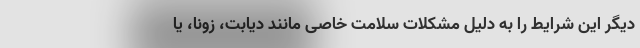
دیگر این شرایط را به دلیل مشکلات سلامت خاصی مانند دیابت، زونا، یا